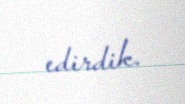
edirdik.